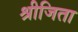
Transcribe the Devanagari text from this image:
श्रीजिता